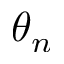
\theta _ { n }